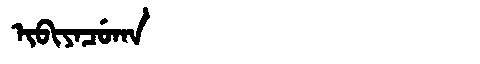
Manchu: ᡳᠪᡳᠶᠠᠴᡠᡴᠠ
Romanization: IBIYACUKA